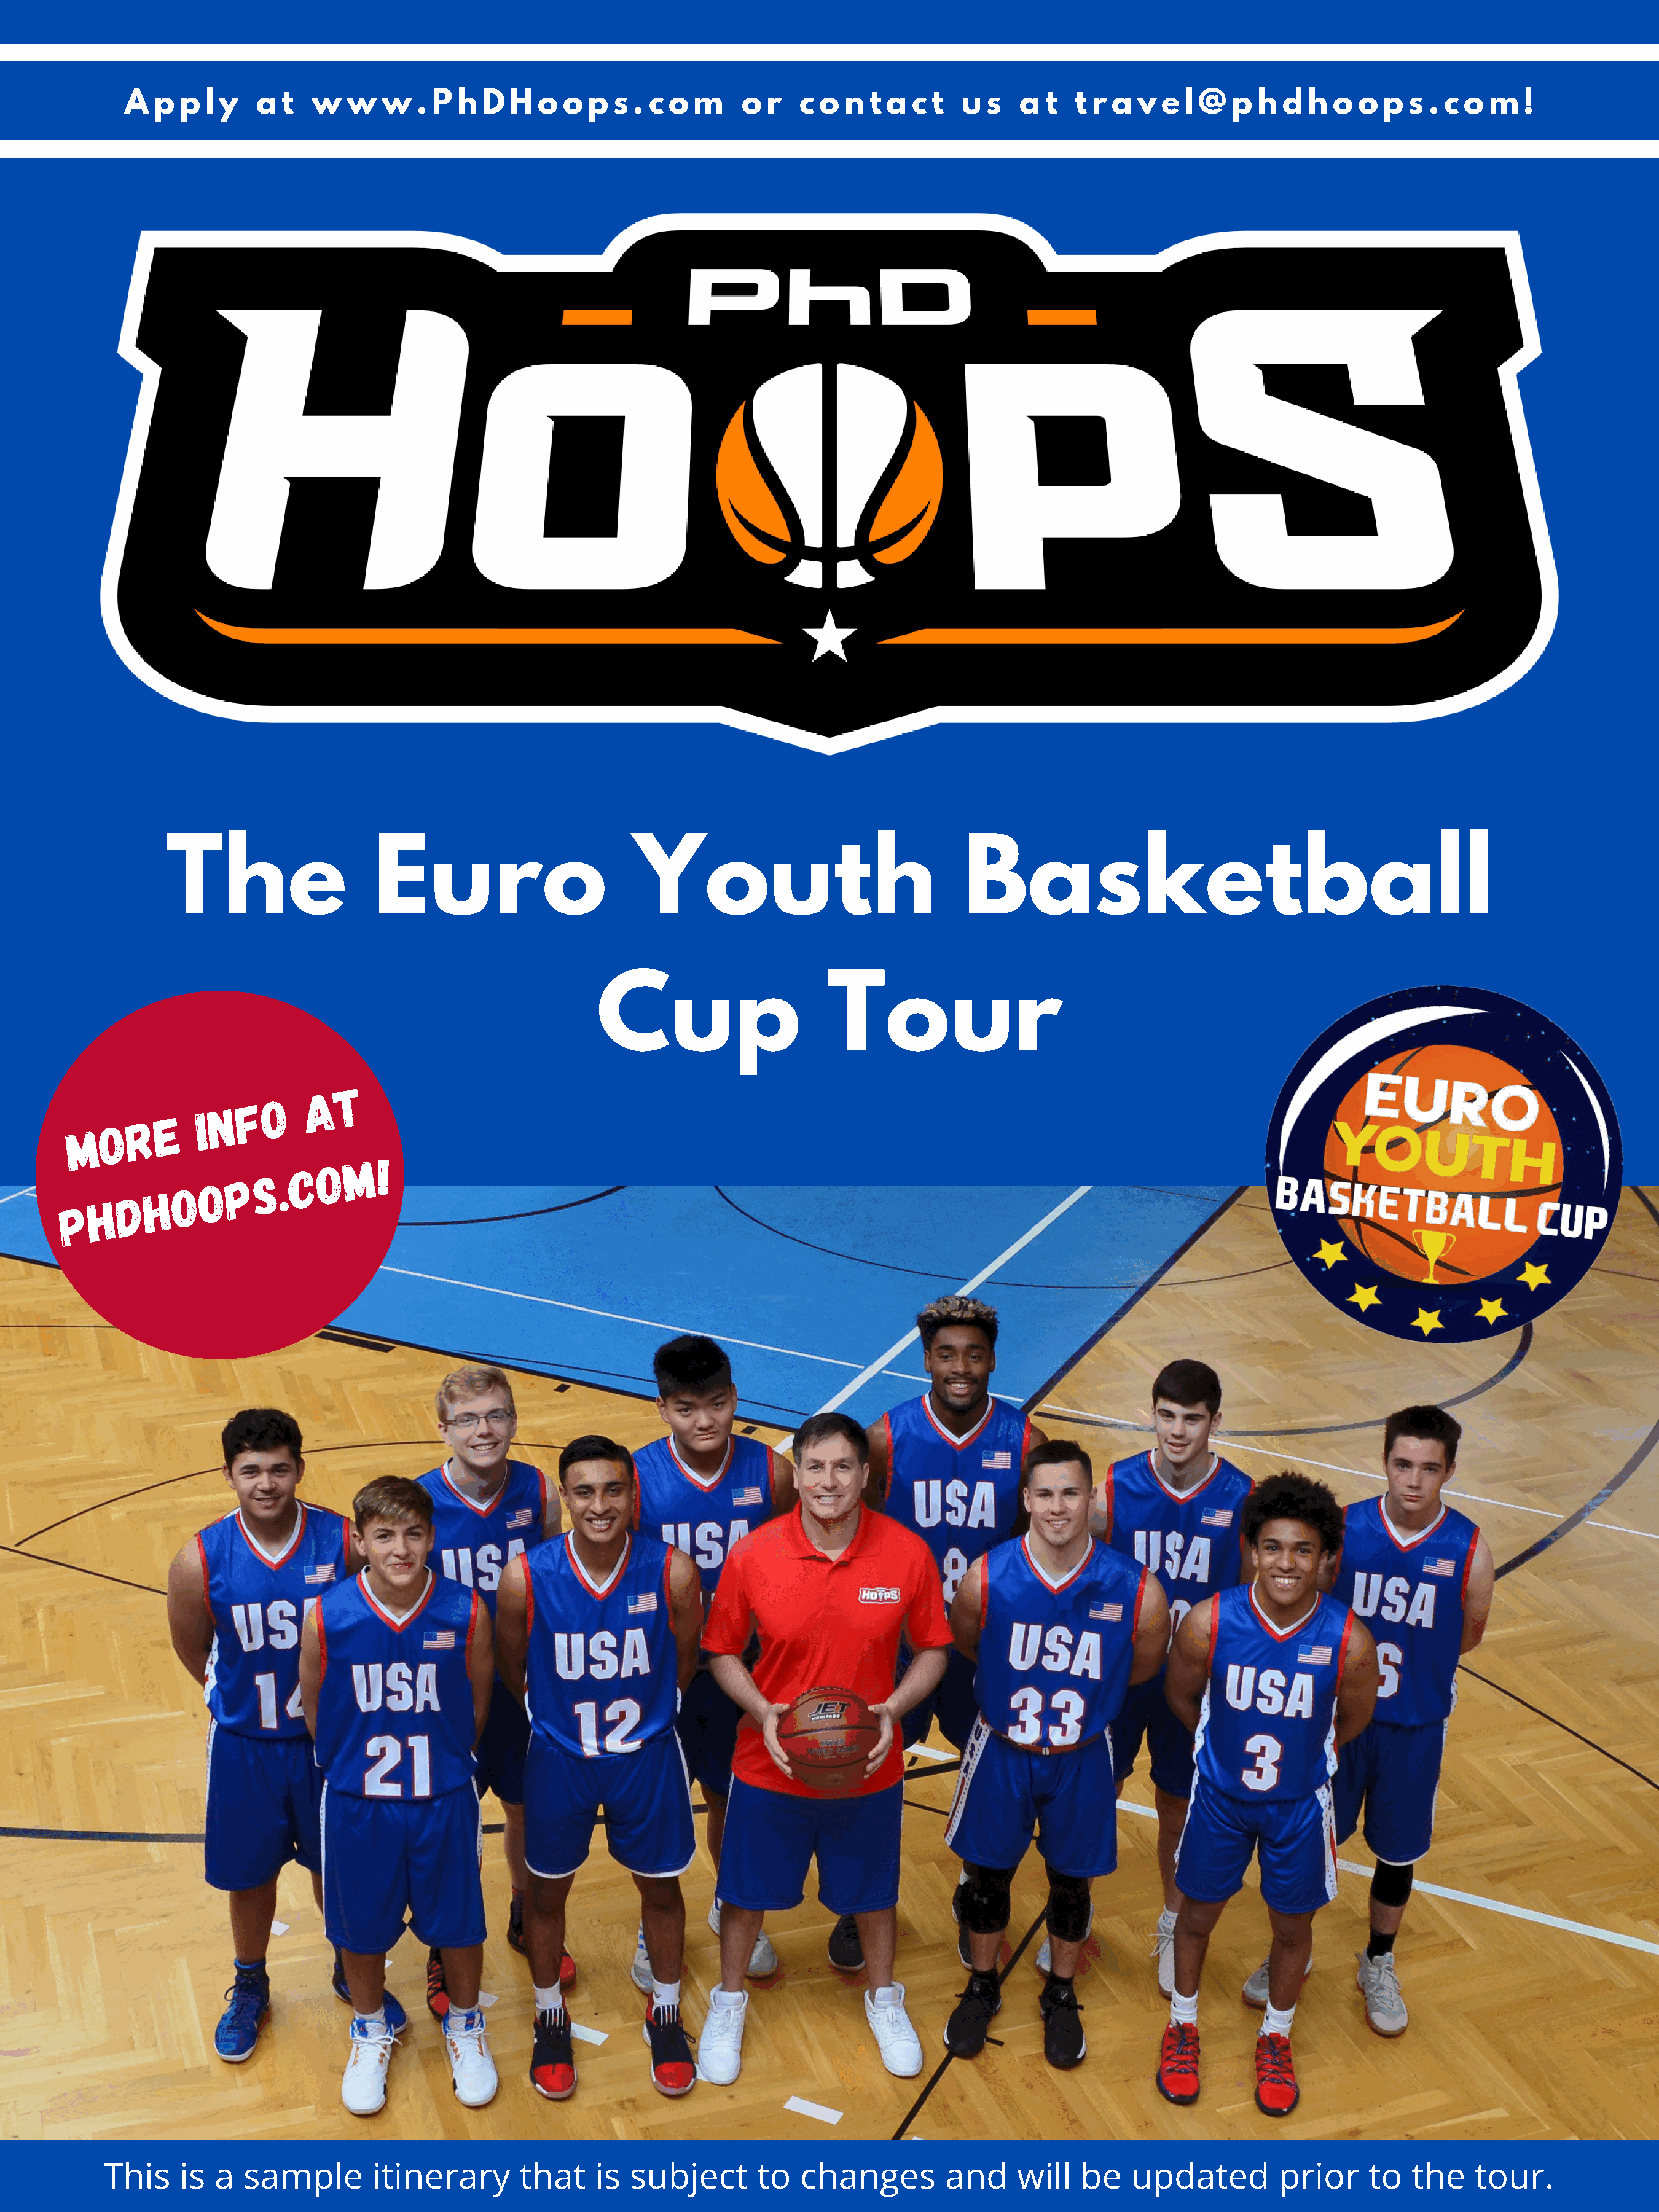
A   p p  l y   a t   w  w   w   . P h  D  H  o  o p  s . c o  m    o  r  c o  n  t a c t   u s   a  t  t r a  v e  l @  p h  d  h  o o  p  s . c o m   !
 The                   Euro                        Youth                               Basketball
 Cup                      Tour
 t
 a
 o
 f
 N
 e
 I
 r
 o
 M
 m   !
 o
 c
 s .
 p
 o
 o
 h
 d
 h
 p
 This    is  a  sample        itinerary       that    is  subject       to  changes         and     will   be   updated         prior     to  the    tour.